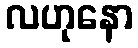
လဟုနော